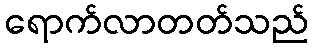
ရောက်လာတတ်သည်